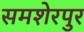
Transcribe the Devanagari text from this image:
समशेरपुर